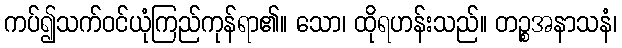
ကပ်၍သက်ဝင်ယုံကြည်ကုန်ရာ၏။ သော၊ ထိုရဟန်းသည်။ တဉ္စအနာသနံ၊